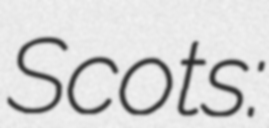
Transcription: Scots: